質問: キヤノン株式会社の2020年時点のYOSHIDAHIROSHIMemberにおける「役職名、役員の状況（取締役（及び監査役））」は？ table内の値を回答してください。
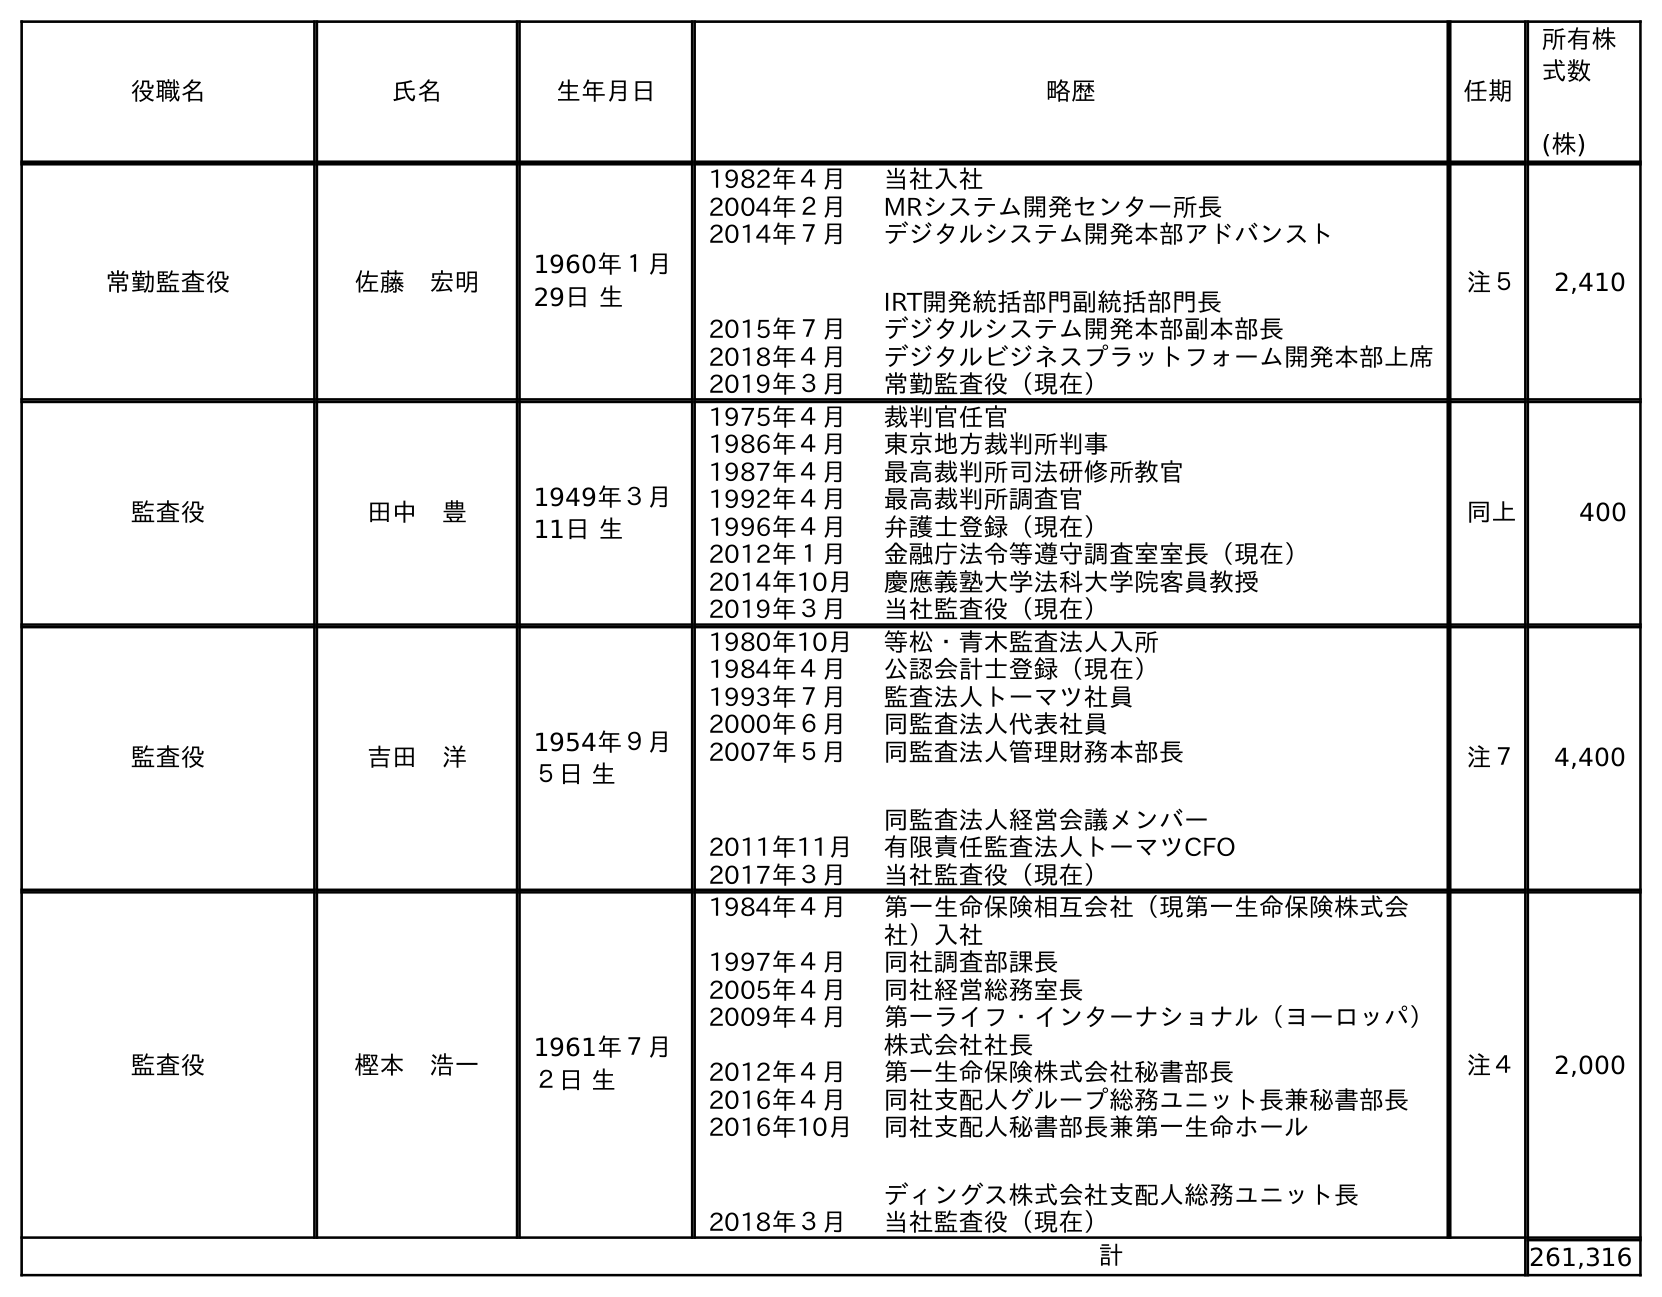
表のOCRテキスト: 役職名 氏名 生年月日 略歴 任期 所有株 式数 (株) 常勤監査役 佐藤 宏明 1960年１月 29日 生 1982年４月 当社入社 2004年２月 MRシステム開発センター所長 2014年７月 デジタルシステム開発本部アドバンスト IRT開発統括部門副統括部門長 2015年７月 デジタルシステム開発本部副本部長 2018年４月 デジタルビジネスプラットフォーム開発本部上席 2019年３月 常勤監査役（現在） 注５ 2,410 監査役 田中 豊 1949年３月 11日 生 1975年４月 裁判官任官 1986年４月 東京地方裁判所判事 1987年４月 最高裁判所司法研修所教官 1992年４月 最高裁判所調査官 1996年４月 弁護士登録（現在） 2012年１月 金融庁法令等遵守調査室室長（現在） 2014年10月 慶應義塾大学法科大学院客員教授 2019年３月 当社監査役（現在） 同上 400 監査役 吉田 洋 1954年９月 ５日 生 1980年10月 等松・青木監査法人入所 1984年４月 公認会計士登録（現在） 1993年７月 監査法人トーマツ社員 2000年６月 同監査法人代表社員 2007年５月 同監査法人管理財務本部長 同監査法人経営会議メンバー 2011年11月 有限責任監査法人トーマツCFO 2017年３月 当社監査役（現在） 注７ 4,400 監査役 樫本 浩一 1961年７月 ２日 生 1984年４月 第一生命保険相互会社（現第一生命保険株式会 社）入社 1997年４月 同社調査部課長 2005年４月 同社経営総務室長 2009年４月 第一ライフ・インターナショナル（ヨーロッパ） 株式会社社長 2012年４月 第一生命保険株式会社秘書部長 2016年４月 同社支配人グループ総務ユニット長兼秘書部長 2016年10月 同社支配人秘書部長兼第一生命ホール ディングス株式会社支配人総務ユニット長 2018年３月 当社監査役（現在） 注４ 2,000 計 261,316
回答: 監査役